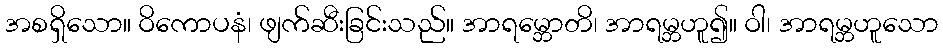
အစရှိသော။ ဝိကောပနံ၊ ဖျက်ဆီးခြင်းသည်။ အာရမ္ဘောတိ၊ အာရမ္ဘဟူ၍။ ဝါ၊ အာရမ္ဘဟူသော